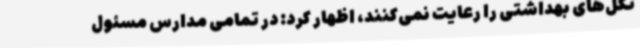
تکل‌های بهداشتی را رعایت نمی‌کنند، اظهار کرد: در تمامی مدارس مسئول